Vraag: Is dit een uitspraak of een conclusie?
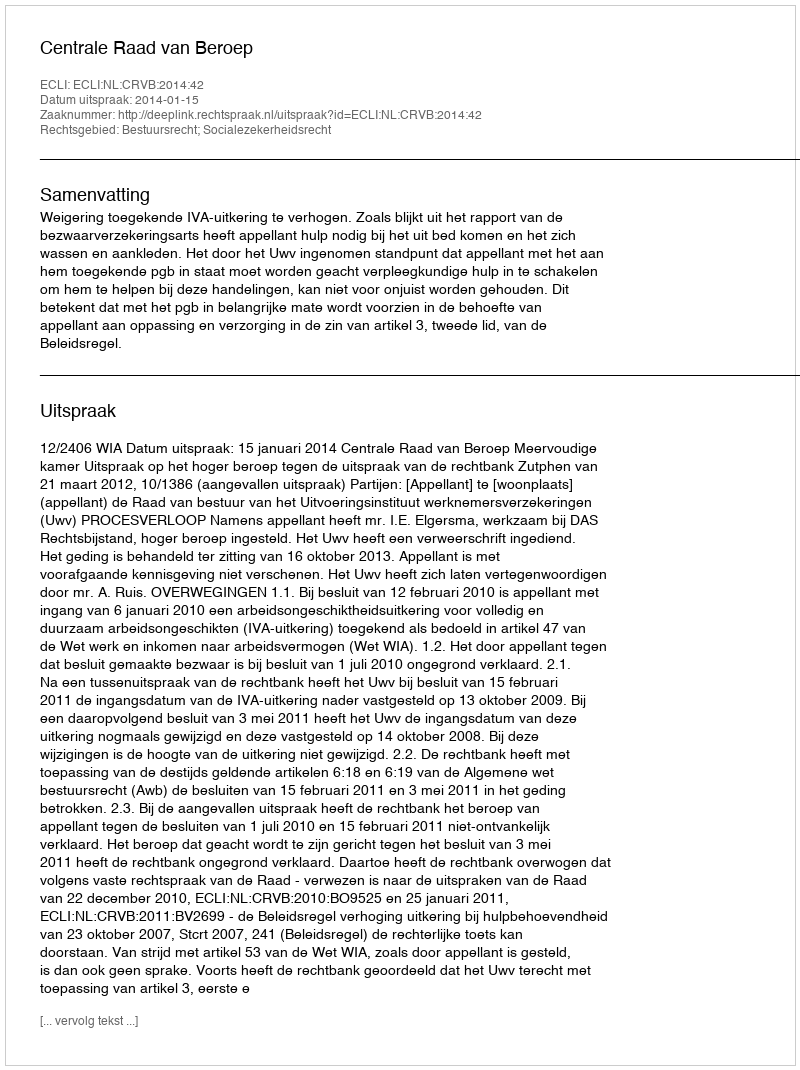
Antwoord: Uitspraak